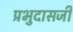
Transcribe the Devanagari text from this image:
प्रभुदासजी